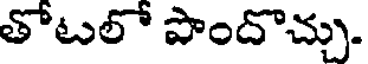
తోటలో పొందొచ్చు.